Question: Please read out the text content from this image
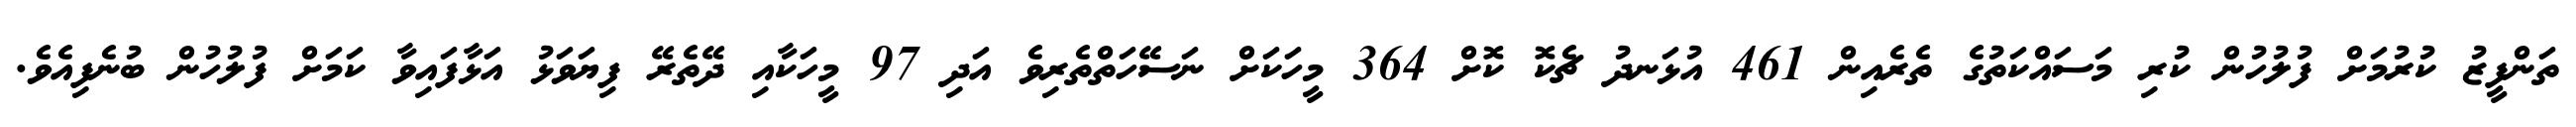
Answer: ތަންފީޒު ކުރުމަށް ފުލުހުން ކުރި މަސައްކަތުގެ ތެރެއިން 461 އުޅަނދު ޗެކޮ ކޮށް 364 މީހަކަށް ނަސޭހަތްތެރިވެ އަދި 97 މީހަކާއި ދޭތެރޭ ފިޔަވަޅު އަޅާފައިވާ ކަމަށް ފުލުހުން ބުނެފިއެވެ.